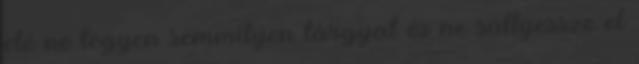
elé ne tegyen semmilyen tárgyat és ne süllyessze el